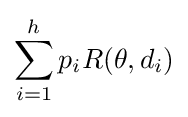
\sum _{i=1}^{h}p_{i}R(\theta ,d_{i})